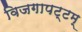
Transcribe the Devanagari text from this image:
विजगापट्टम्